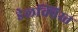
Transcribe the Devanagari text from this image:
डेलक्विस्त